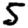
Digit: 5